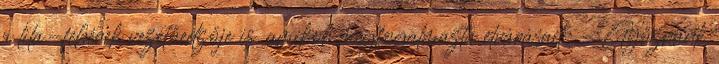
a lila-fehérek vezetőedzője is, amikor megfogalmazta elvárásait: – Győznünk